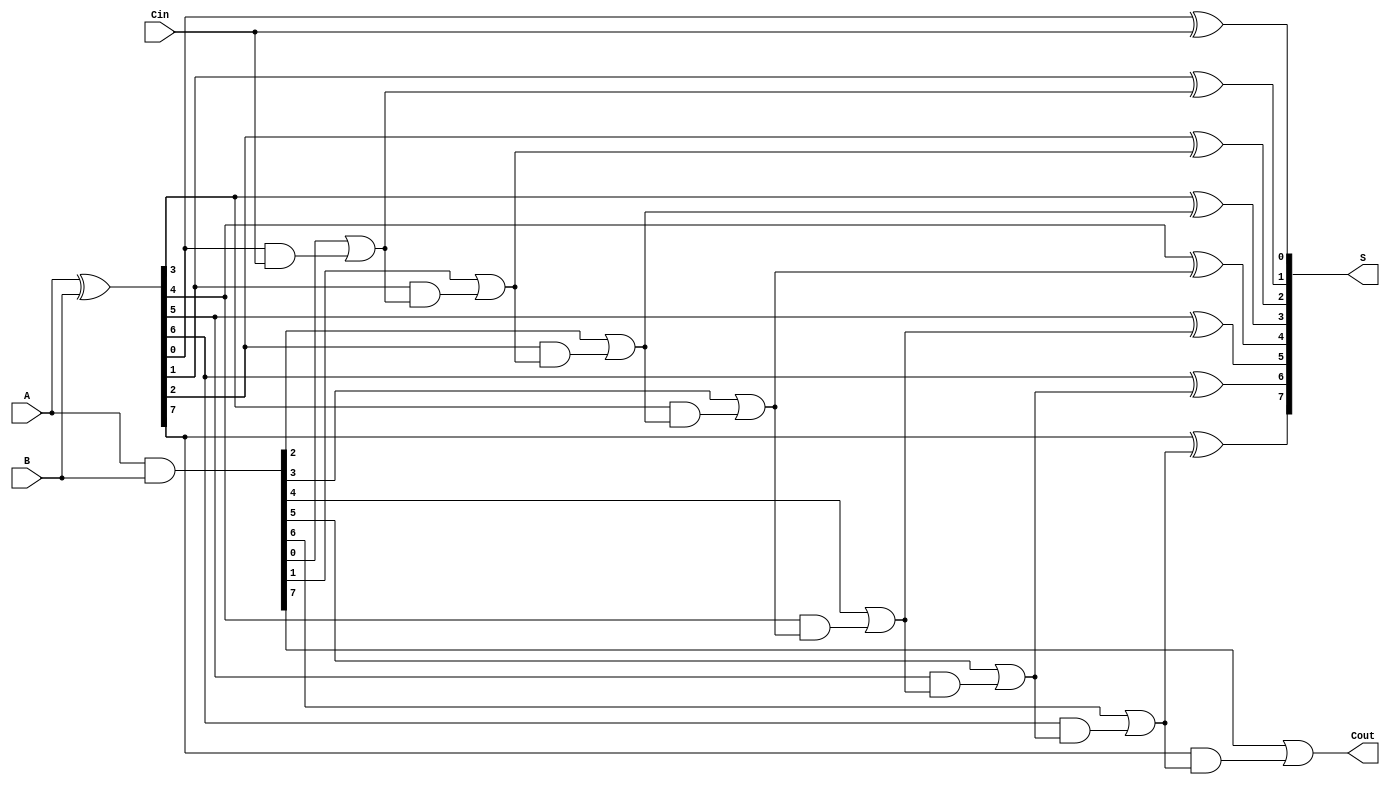
module Sklansky_Adder #(parameter WIDTH = 8) (
    input  [WIDTH-1:0] A,
    input  [WIDTH-1:0] B,
    input  Cin,
    output [WIDTH-1:0] S,
    output Cout
);

    // Generate and Propagate signals
    wire [WIDTH-1:0] G; // Generate signals
    wire [WIDTH-1:0] P; // Propagate signals
    wire [WIDTH:0] C;   // Carry signals

    // Generate and Propagate calculations
    assign G = A & B;          // G[i] = A[i] & B[i]
    assign P = A ^ B;          // P[i] = A[i] ^ B[i]

    // Carry Signal Calculation
    assign C[0] = Cin; // C[0] = Cin

    genvar i;
    generate
        for (i = 1; i < WIDTH; i = i + 1) begin: carry_generation
            assign C[i] = G[i-1] | (P[i-1] & C[i-1]); // C[i] = G[i-1] + (P[i-1]*C[i-1])
        end
    endgenerate

    // Last Carry Out
    assign Cout = G[WIDTH-1] | (P[WIDTH-1] & C[WIDTH-1]);

    // Sum Calculation
    generate
        for (i = 0; i < WIDTH; i = i + 1) begin: sum_calculation
            assign S[i] = P[i] ^ C[i]; // S[i] = P[i] ^ C[i-1]
        end
    endgenerate

endmodule